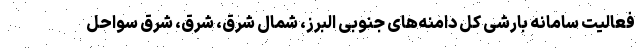
فعالیت سامانه بارشی کل دامنه‌های جنوبی البرز، شمال شرق، شرق، شرق سواحل